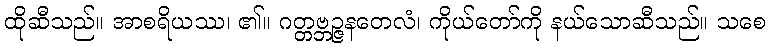
ထိုဆီသည်။ အာစရိယဿ၊ ၏။ ဂတ္တဗ္ဘဉ္ဇနတေလံ၊ ကိုယ်တော်ကို နယ်သောဆီသည်။ သစေ